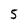
Character: 5